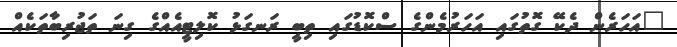
"އަހަރެން ދެކޭ ގޮތުގައި އަހަރުމެންގެ ސްކޮޑުގައި ތިބީ ރަނގަޅު ކޮލިޓީއެއްގެ ގިނަ ތަޖުރިބާތަކެއް